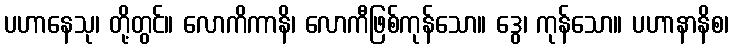
ပဟာနေသု၊ တို့တွင်။ လောကိကာနိ၊ လောကီဖြစ်ကုန်သော။ ဒွေ၊ ကုန်သော။ ပဟာနာနိစ၊